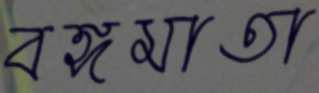
বঙ্গমাতা